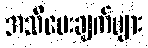
အသိပေးချက်များ